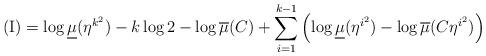
LaTeX: \begin{align*}\mathrm{(I)}=\log\underline{\mu}(\eta^{k^{2}})-k\log2-\log\overline{\mu}(C)+\sum_{i=1}^{k-1}\left( \log\underline{\mu}(\eta^{i^{2}})-\log\overline{\mu}(C\eta^{i^{2}})\right) \end{align*}